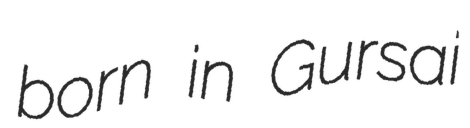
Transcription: born in Gursai